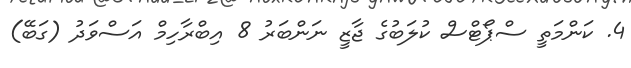
4. ކަންމަތީ ސްޕޯޓްސް ކުލަބުގެ ޖާޒީ ނަންބަރު 8 އިބްރާހިމް އަސްވަދު (ގަބޭ)